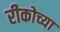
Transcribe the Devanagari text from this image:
रीकोच्या